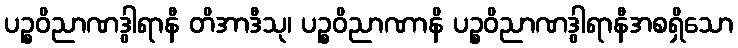
ပဉ္စဝိညာဏဒွါရာနီ တိအာဒီသု၊ ပဉ္စဝိညာဏာနိ ပဉ္စဝိညာဏဒွါရာနီအစရှိသော